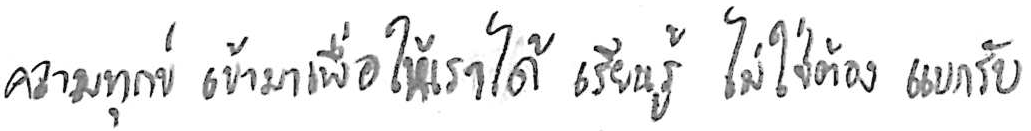
ความทุกข์ เข้ามาเพื่อให้เราได้ เรียนรู้ ไม่ใช่ต้อง แบกรับ